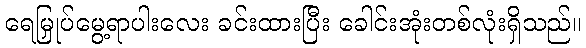
ရေမြှုပ်မွေ့ရာပါးလေး ခင်းထားပြီး ခေါင်းအုံးတစ်လုံးရှိသည်။